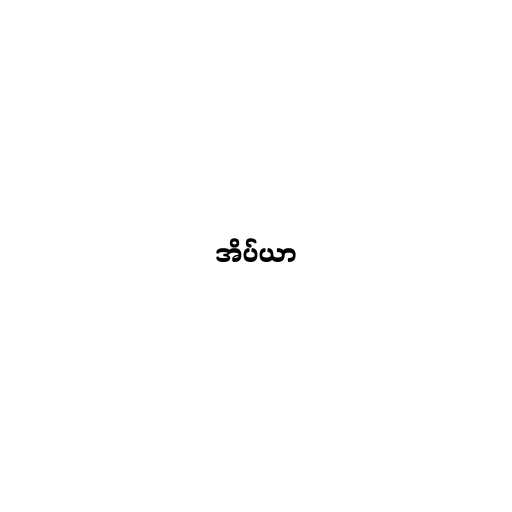
အိပ်ယာ